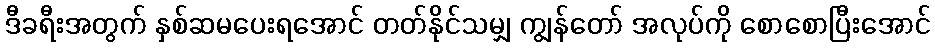
ဒီခရီးအတွက် နှစ်ဆမပေးရအောင် တတ်နိုင်သမျှ ကျွန်တော် အလုပ်ကို စောစောပြီးအောင်